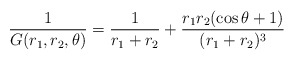
\begin{align*} \frac{1}{G(r_1,r_2,\theta)}= \frac{1}{r_1+r_2}+\frac{r_1r_2(\cos\theta+1)}{(r_1+r_2)^{3}}\end{align*}